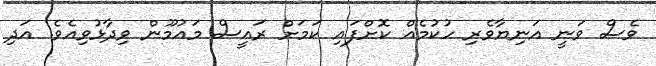
ވެސް ވަނީ އަނިޔާވެރި ހުކުމެއް ކޮށްފައި ކަމަށް ރައީސް މައުމޫން ވިދާޅުވިއެވެ. އަދި